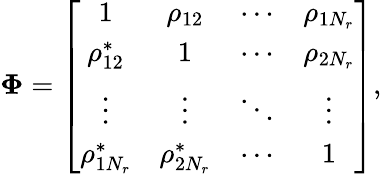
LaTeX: \boldsymbol{\Phi}=\left[\begin{array}{cccc}{1}&{\rho_{12}}&{\cdots}&{\rho_{1N_{r}}}\\ {\rho_{12}^{*}}&{1}&{\cdots}&{\rho_{2N_{r}}}\\ {\vdots}&{\vdots}&{\ddots}&{\vdots}\\ {\rho_{1N_{r}}^{*}}&{\rho_{2N_{r}}^{*}}&{\cdots}&{1}\end{array}\right],